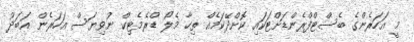
މީ އަހަރެންގެ ބެސްޓްފްރެންޑަށްޓަކައި ކޮށްދޭކަމެއް ތިހާ މެލޯ ޑްރެމެޓިކް ނުވިޔަސް އަހަރެން އަބަދު